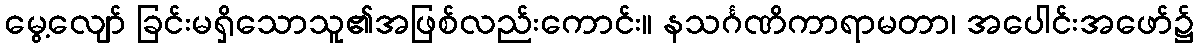
မွေ့လျော် ခြင်းမရှိသောသူ၏အဖြစ်လည်းကောင်း။ နသင်္ဂဏိကာရာမတာ၊ အပေါင်းအဖော်၌